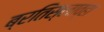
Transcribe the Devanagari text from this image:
ब्रतिस्लाव्हा